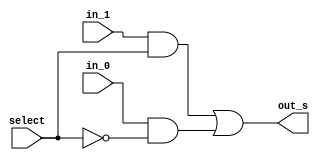
/*
* Aluno: Henrique Augusto Rodrigues
* Arquitetura 1 - Tarde
* Guia_07  Exemplo 0705.
*/
module mux (output out_s, input in_0, in_1, select);

//wires
wire not_select;
wire on_0, on_1;


//portas
not NOT1 (not_select, select);
and AND1 (on_0, in_0, not_select);
and AND2 (on_1, in_1, select);

or OR1 (out_s, on_1, on_0);

endmodule

module mux4x1 (output out_s, input in_00, in_01, in_10, in_11, s_group, select);
//wires
wire out_mux1, out_mux2;

mux MUX1 (out_mux1, in_00, in_01, select);
mux MUX2 (out_mux2, in_10, in_11, select);
mux MUX3 (out_s, out_mux1, out_mux2, s_group);

endmodule

module mux8x1 (output out_s, input in_000, in_001, in_010, in_011,
               in_100, in_101, in_110, in_111, sel2, sel1, sel0);
//wires
wire out_mux1, out_mux2;
mux4x1 MUX1 (out_mux1, in_000, in_001, in_010, in_011, sel1, sel0);
mux4x1 MUX2 (out_mux2, in_100, in_101, in_110, in_111, sel1, sel0);
mux MUX3    (out_s, out_mux1, out_mux2, sel2);

endmodule

module Exemplo0705;

//definicoes

reg a, b;
reg[2:0] select;
wire not_a, not_b, or_out, nor_out, and_out, nand_out, xor_out, xnor_out, s;

not  NOTa (not_a, a);
not  NOTb (not_b, b);
or   OR1 (or_out, a, b);
nor  NOR1 (nor_out, a, b);
and  AND1 (and_out, a, b);
nand NAND1 (nand_out, a, b);
xor  XOR1 (xor_out, a, b);
xnor XNOR1 (xnor_out, a, b);

mux8x1 MUX (s, not_a, not_b, or_out, nor_out, and_out, nand_out,
            xor_out, xnor_out, select[2], select[1], select[0]);


initial
begin: main
$display("Exemplo_0705");
$display("675263 - Henrique Augusto Rodrigues");
$display(" a  b   select    S");

a=1'b0; b=1'b0; select=0;

//monitor
#1 $monitor(" %b  %b     %b      %b ", a, b, select, s);

#1 a=1'b0; b=1'b1; select=0;
#1 a=1'b1; b=1'b0; select=0;
#1 a=1'b1; b=1'b1; select=0;

#1 a=1'b0; b=1'b0; select=1;$display("");
#1 a=1'b0; b=1'b1; select=1;
#1 a=1'b1; b=1'b0; select=1;
#1 a=1'b1; b=1'b1; select=1;

#1 a=1'b0; b=1'b0; select=2;$display("");
#1 a=1'b0; b=1'b1; select=2;
#1 a=1'b1; b=1'b0; select=2;
#1 a=1'b1; b=1'b1; select=2;


#1 a=1'b0; b=1'b0; select=3;$display("");
#1 a=1'b0; b=1'b1; select=3;
#1 a=1'b1; b=1'b0; select=3;
#1 a=1'b1; b=1'b1; select=3;

#1 a=1'b0; b=1'b0; select=4;$display("");
#1 a=1'b0; b=1'b1; select=4;
#1 a=1'b1; b=1'b0; select=4;
#1 a=1'b1; b=1'b1; select=4;

#1 a=1'b0; b=1'b0; select=5;$display("");
#1 a=1'b0; b=1'b1; select=5;
#1 a=1'b1; b=1'b0; select=5;
#1 a=1'b1; b=1'b1; select=5;

#1 a=1'b0; b=1'b0; select=6;$display("");
#1 a=1'b0; b=1'b1; select=6;
#1 a=1'b1; b=1'b0; select=6;
#1 a=1'b1; b=1'b1; select=6;

#1 a=1'b0; b=1'b0; select=7;$display("");
#1 a=1'b0; b=1'b1; select=7;
#1 a=1'b1; b=1'b0; select=7;
#1 a=1'b1; b=1'b1; select=7;
end
endmodule